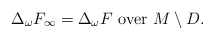
\begin{align*} \Delta_{\omega}F_{\infty}=\Delta_{\omega}F\ \textrm{over}\ M\setminus D.\end{align*}